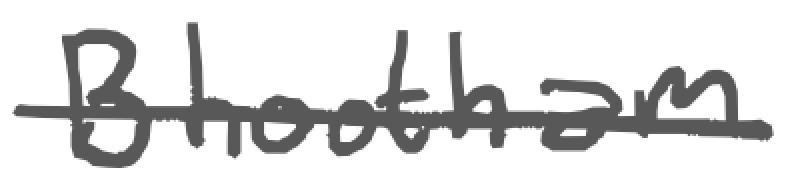
Text: Bhootham
Cross-out: single-line
Writing tool: digital_gray